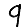
Digit: 9